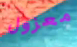
معزول